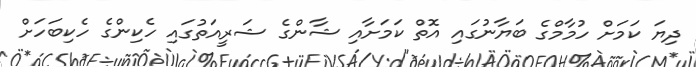
ދިޔަ ކަމަށް ހުމާމްގެ ބަޔާނުގައި އޮތް ކަމަށާއި ޝާންގެ ޝަރީއަތުގައި ހެކިންގެ ހެކިބަހަށް